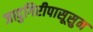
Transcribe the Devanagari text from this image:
जादुगिरीपासूसुन